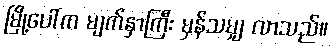
မြို့ပေါ်က မျက်နှာကြီး မှန်သမျှ လာသည်။